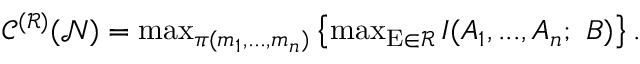
\begin{array} { r } { \mathscr { C } ^ { ( \mathcal { R } ) } ( \mathcal { N } ) = \operatorname* { m a x } _ { \pi ( m _ { 1 } , . . . , m _ { n } ) } \left\{ \operatorname* { m a x } _ { \mathrm { E } \in \mathcal { R } } I ( A _ { 1 } , . . . , A _ { n } ; ~ B ) \right\} . } \end{array}